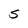
Character: S